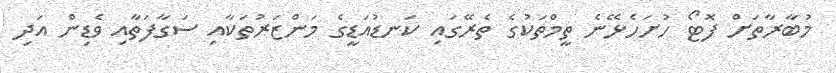
މުބާރާތަށް ފޮޓޯ ހުށަހެޅޭނެ ތީމްތަކުގެ ތެރޭގައި ކަނޑުއަޑީގެ މަންޒަރުތަކާއި ސަގާފަތާއި ވެޑިން އަދި